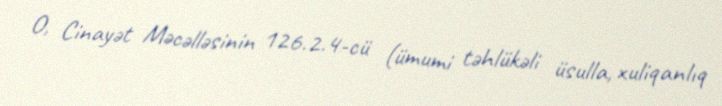
O, Cinayət Məcəlləsinin 126.2.4-cü (ümumi təhlükəli üsulla, xuliqanlıq